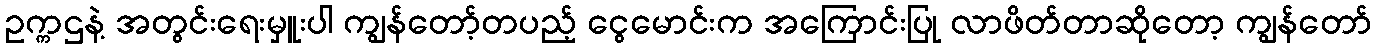
ဥက္ကဌနဲ့ အတွင်းရေးမှူးပါ ကျွန်တော့်တပည့် ငွေမောင်းက အကြောင်းပြု လာဖိတ်တာဆိုတော့ ကျွန်တော်